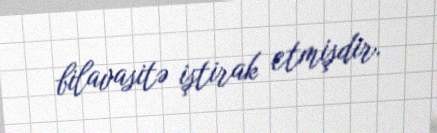
bilavasitə iştirak etmişdir.